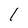
Character: I